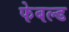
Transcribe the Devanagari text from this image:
फेबल्ड